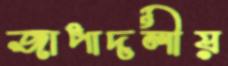
জাপাদলীয়